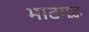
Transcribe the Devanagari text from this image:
भाटगढ़